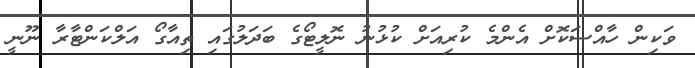
ވަކިން ހާއްސަކޮށް އެންމެ ކުރިއަށް ކުޅުނު ނޮލީޓޯގެ ބަދަލުގައި ތިއާގޯ އަލްކަންޓާރާ ނޫނީ